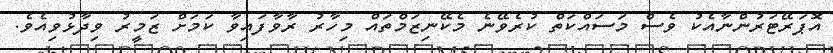
އޮޕަރޭޓަރުންނާއެކު ވެސް މަސައްކަތް ކުރެވޭނެ މެކޭނިޒަމްތައް މިހާރު ރާވާފައިވާ ކަމަށް ޒަމީރު ވިދާޅުވިއެވެ.